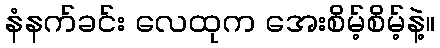
နံနက်ခင်း လေထုက အေးစိမ့်စိမ့်နဲ့။